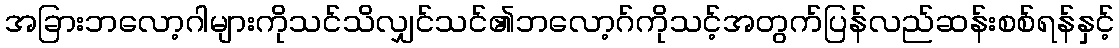
အခြားဘလော့ဂါများကိုသင်သိလျှင်သင်၏ဘလော့ဂ်ကိုသင့်အတွက်ပြန်လည်ဆန်းစစ်ရန်နှင့်